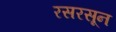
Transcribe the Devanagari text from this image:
रसरसून